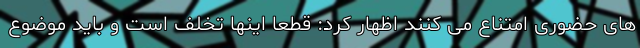
های حضوری امتناع می کنند اظهار کرد: قطعا اینها تخلف است و باید موضوع